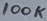
Text: 100K